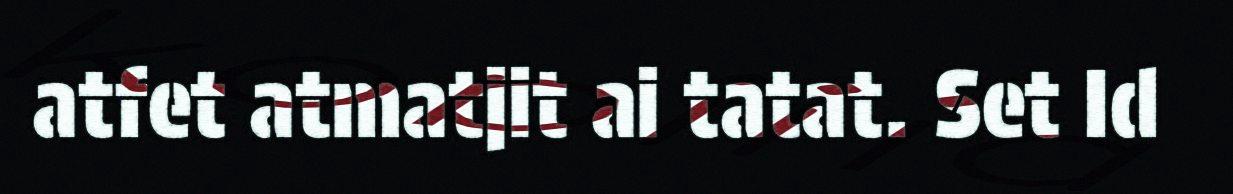
atfet atmatjit ai tatat. Set Id